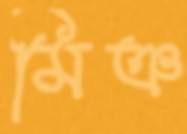
মিঞ